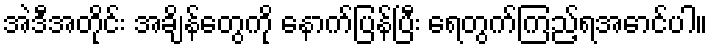
အဲဒီအတိုင်း အချိန်တွေကို နောက်ပြန်ပြီး ရေတွက်ကြည့်ရအောင်ပါ။